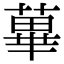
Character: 蓽